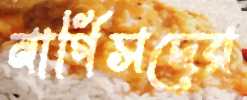
নার্গিসদের